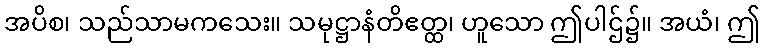
အပိစ၊ သည်သာမကသေး။ သမုဋ္ဌာနံတိဧတ္ထ၊ ဟူသော ဤပါဌ်၌။ အယံ၊ ဤ